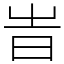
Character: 旹